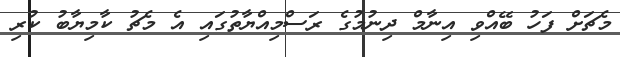
މެޗަށް ފަހު ބޭއްވި އިނާމް ދިނުމުގެ ރަސްމިއްޔާތުގައި އެ މެޗު ކާމިޔާބު ކުރި